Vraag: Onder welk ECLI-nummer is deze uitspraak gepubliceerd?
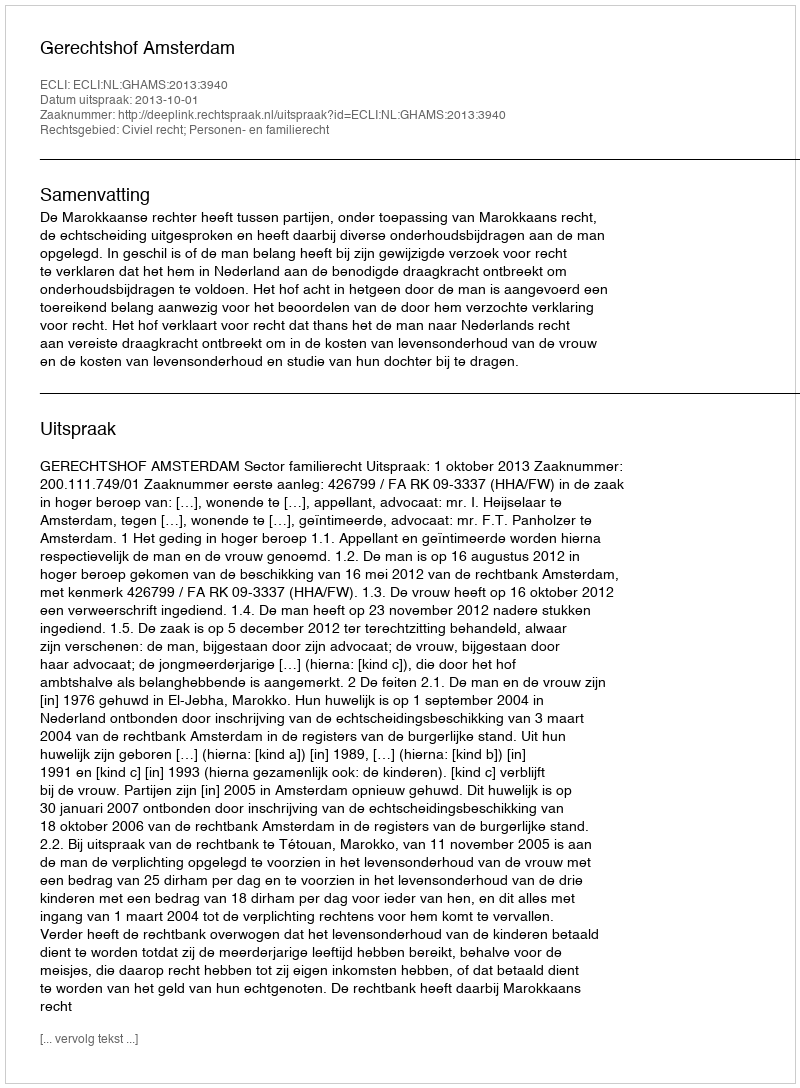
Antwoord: ECLI:NL:GHAMS:2013:3940